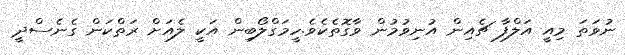
ނުވަތަ މިއީ އަލްފާ ޗެއިން އުނިވުމުން ވާގޮތެކެވެ.ހީމަގްލޯބިން އަކީ ލެއަށް ރަތްކަން ގެނެސްދީ